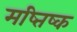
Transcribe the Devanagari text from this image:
मष्तिष्‍क